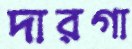
দারগা